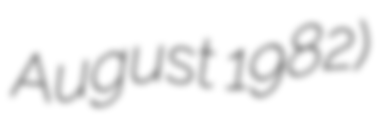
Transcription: August 1982)